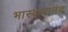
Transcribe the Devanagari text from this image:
भास्‍करानंद